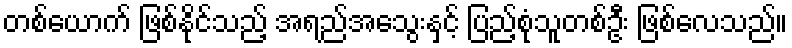
တစ်ယောက် ဖြစ်နိုင်သည့် အရည်အသွေးနှင့် ပြည့်စုံသူတစ်ဦး ဖြစ်လေသည်။